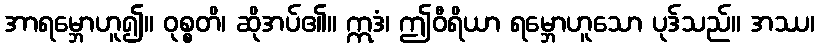
အာရမ္ဘောဟူ၍။ ဝုစ္စတိ၊ ဆိုအပ်၏။ ဣဒံ၊ ဤဝီရိယာ ရမ္ဘောဟူသော ပုဒ်သည်။ အဿ၊